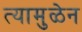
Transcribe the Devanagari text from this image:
त्यामुळेन